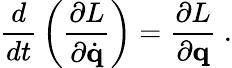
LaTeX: {\frac{d}{dt}}\left({\frac{\partial L}{\partial{\dot{\mathbf{q}}}}}\right)={\frac{\partial L}{\partial\mathbf{q}}}~.